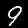
Digit: 9